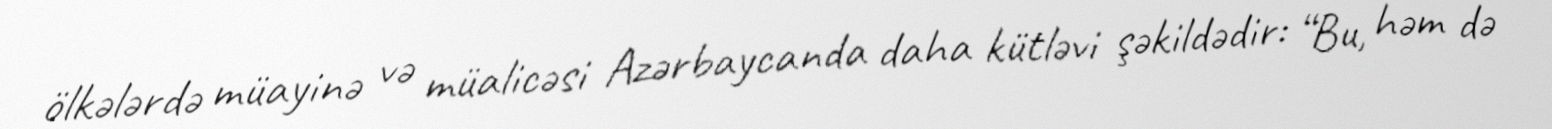
ölkələrdə müayinə və müalicəsi Azərbaycanda daha kütləvi şəkildədir: “Bu, həm də